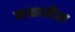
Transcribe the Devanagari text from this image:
कळातील